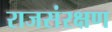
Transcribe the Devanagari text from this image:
राजसंरक्षण